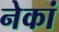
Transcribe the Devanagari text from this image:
नेकां